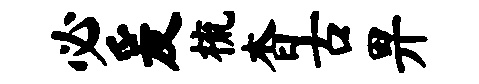
必爰梳杳古畀